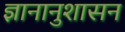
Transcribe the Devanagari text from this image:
ज्ञानानुशासन